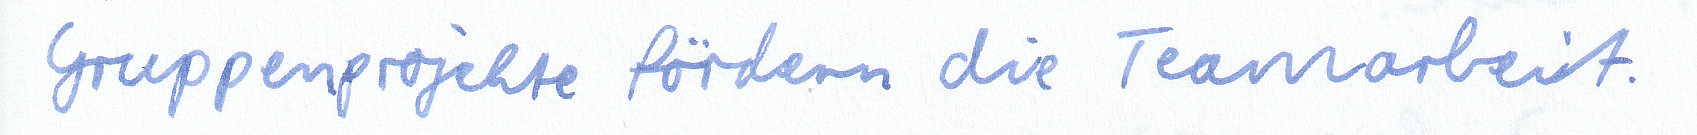
Gruppenprojekte fördern die Teamarbeit.